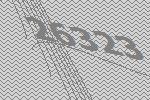
26323